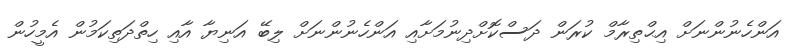
އަންހެނުންނަށް އިޙްތިރާމް ކުރަން ދަސްކޮށްދިނުމަށާއި އަންހެނުންނަށް ލިބޭ އަނިޔާ އާއި ހިތްދަތިކަމުން އެމީހުން